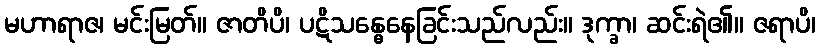
မဟာရာဇ၊ မင်းမြတ်။ ဇာတိပိ၊ ပဋိသန္ဓေနေခြင်းသည်လည်း။ ဒုက္ခာ၊ ဆင်းရဲ၏။ ဇရာပိ၊